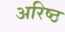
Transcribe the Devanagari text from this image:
अरिष्ठ